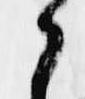
之